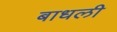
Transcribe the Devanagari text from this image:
बाधली